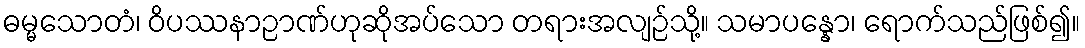
ဓမ္မသောတံ၊ ဝိပဿနာဉာဏ်ဟုဆိုအပ်သော တရားအလျဉ်သို့။ သမာပန္နော၊ ရောက်သည်ဖြစ်၍။